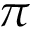
\pi